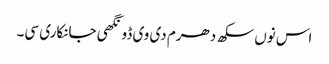
اس نوں سکھ دھرم دی وی ڈونگھی جانکاری سی۔